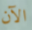
الآن